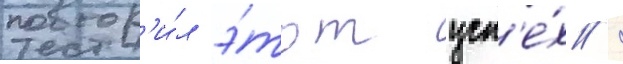
повтор'и́л э́тот усп'е́х /